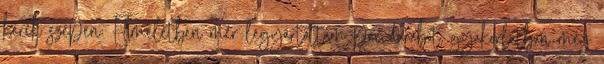
kérek szépen: Elméletben mér legyártottam pár darabot, gyakorlatban még